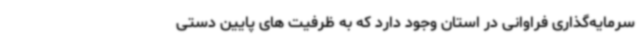
سرمایه‌گذاری فراوانی در استان وجود دارد که به ظرفیت های پایین دستی